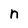
Character: n